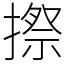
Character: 摖